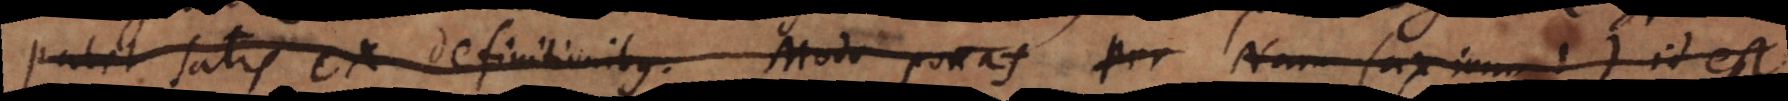
Patet satis ex definitionibus. Modo ponas Per Nam (axiom. 1) id est